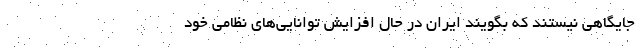
جایگاهی نیستند که بگویند ایران در حال افزایش توانایی‌های نظامی خود